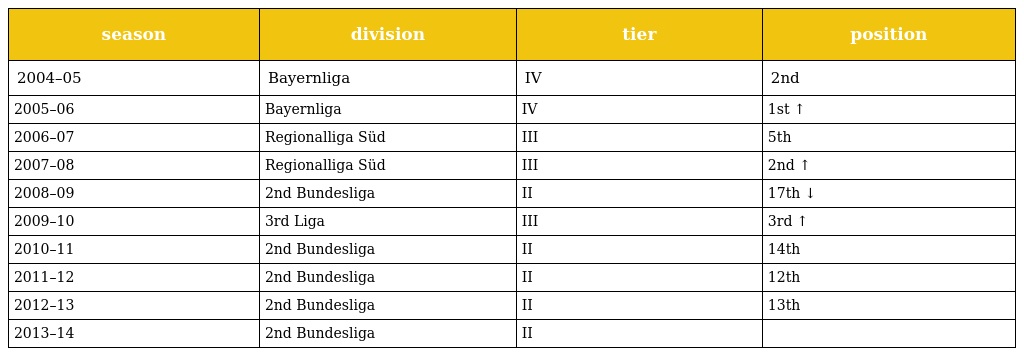
| season | division | tier | position |
 | --- | --- | --- | --- |
 | 2004–05 | Bayernliga | IV | 2nd |
 | 2005–06 | Bayernliga | IV | 1st ↑ |
 | 2006–07 | Regionalliga Süd | III | 5th |
 | 2007–08 | Regionalliga Süd | III | 2nd ↑ |
 | 2008–09 | 2nd Bundesliga | II | 17th ↓ |
 | 2009–10 | 3rd Liga | III | 3rd ↑ |
 | 2010–11 | 2nd Bundesliga | II | 14th |
 | 2011–12 | 2nd Bundesliga | II | 12th |
 | 2012–13 | 2nd Bundesliga | II | 13th |
 | 2013–14 | 2nd Bundesliga | II |  |